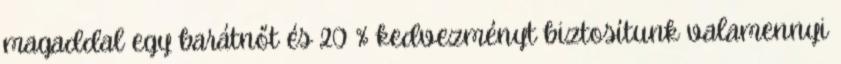
magaddal egy barátnőt és 20 % kedvezményt biztosítunk valamennyi